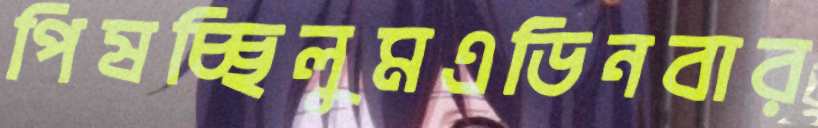
পিষচ্ছিলুমএডিনবার